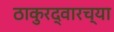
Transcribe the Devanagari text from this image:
ठाकुरद्वारच्या